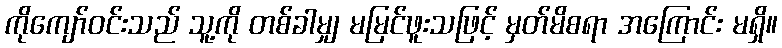
ကိုကျော်ဝင်းသည် သူ့ကို တစ်ခါမျှ မမြင်ဖူးသဖြင့် မှတ်မိစရာ အကြောင်း မရှိ။